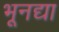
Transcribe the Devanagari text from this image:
भूनद्या